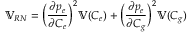
\mathbb { V } _ { R N } = \Big ( \frac { \partial p _ { e } } { \partial C _ { e } } \Big ) ^ { 2 } \mathbb { V } ( C _ { e } ) + \Big ( \frac { \partial p _ { e } } { \partial C _ { g } } \Big ) ^ { 2 } \mathbb { V } ( C _ { g } )